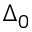
\Delta _ { 0 }